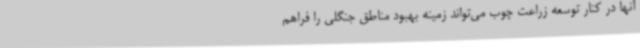
آنها در کنار توسعه زراعت چوب می‌تواند زمینه بهبود مناطق جنگلی را فراهم